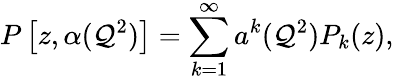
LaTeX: P\left[z,\alpha(\mathcal{Q}^{2})\right]=\sum_{k=1}^{\infty}a^{k}(\mathcal{Q}^{2})P_{k}(z),